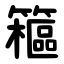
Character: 䉩